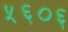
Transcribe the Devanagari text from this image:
५६०६